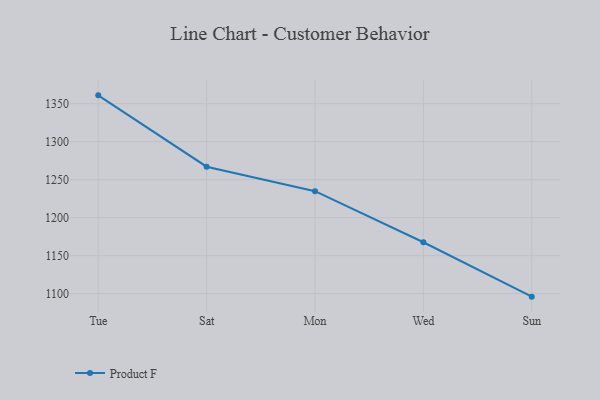
{"axis": {"x": "Day", "y": "Population (Million)"}, "legend": ["Product F"], "data": [{"x": "Tue", "y": 1360.9, "type": "Product F"}, {"x": "Sat", "y": 1267.0, "type": "Product F"}, {"x": "Mon", "y": 1234.8, "type": "Product F"}, {"x": "Wed", "y": 1167.6, "type": "Product F"}, {"x": "Sun", "y": 1096.0, "type": "Product F"}]}